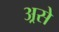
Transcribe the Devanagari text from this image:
अ्रसे